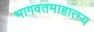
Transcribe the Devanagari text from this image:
भागवतमाहात्म्य